Civil Veterinary Dept. Bombay admin report 1932-41 - 1932-1941
Year: 1932
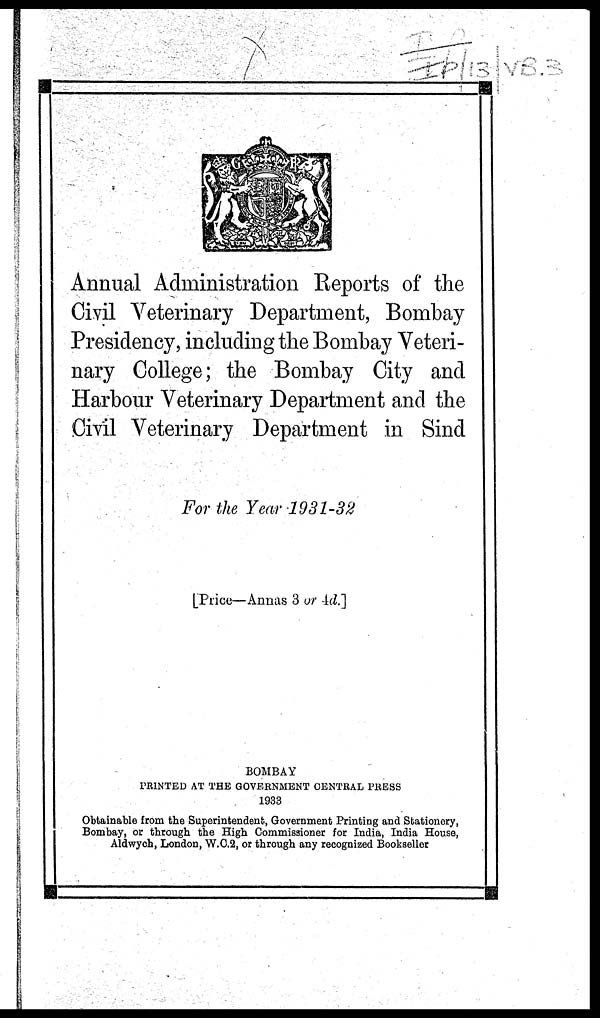
Annual Administration Reports of the
Civil Veterinary Department, Bombay
Presidency, including the Bombay Veteri-
nary College; the Bombay City and
Harbour Veterinary Department and the
Civil Veterinary Department in Sind
For the Year 1931-32
[Price—Annas 3 or 4d.]
BOMBAY
PRINTED AT THE GOVERNMENT CENTRAL PRESS
1933
Obtainable from the Superintendent, Government Printing and Stationery,
Bombay, or through the High Commissioner for India, India House,
Aldwych, London, W.C.2, or through any recognized Bookseller